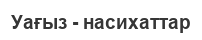
Уағыз - насихаттар